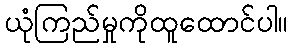
ယုံကြည်မှုကိုထူထောင်ပါ။